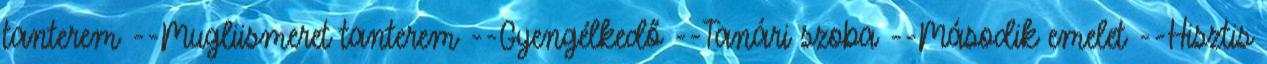
tanterem --Mugliismeret tanterem --Gyengélkedő --Tanári szoba --Második emelet --Hisztis